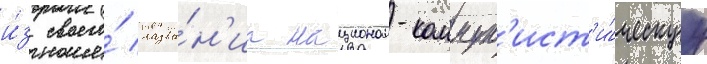
и́з своего́ назва́н'иа национал-коммун'ист'и́ческуу